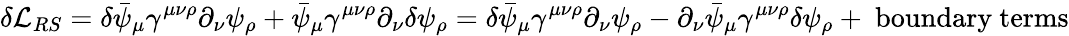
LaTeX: \delta{\mathcal{L}}_{RS}=\delta{\bar{\psi}}_{\mu}\gamma^{\mu\nu\rho}\partial_{\nu}\psi_{\rho}+{\bar{\psi}}_{\mu}\gamma^{\mu\nu\rho}\partial_{\nu}\delta\psi_{\rho}=\delta{\bar{\psi}}_{\mu}\gamma^{\mu\nu\rho}\partial_{\nu}\psi_{\rho}-\partial_{\nu}{\bar{\psi}}_{\mu}\gamma^{\mu\nu\rho}\delta\psi_{\rho}+{\mathrm{~boundary~terms}}